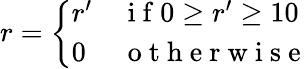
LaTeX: r=\left\{ \begin{array}{ll}{{r}^{\prime}}&{\mathrm{~i~f~}0\geq{r}^{\prime}\geq 10}\\ {0}&{\mathrm{~o~t~h~e~r~w~i~s~e~}}\end{array}\right.